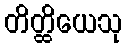
တိတ္ထိယေသု